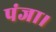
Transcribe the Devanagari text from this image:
पंजा।